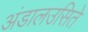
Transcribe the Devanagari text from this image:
अंडालउसिते